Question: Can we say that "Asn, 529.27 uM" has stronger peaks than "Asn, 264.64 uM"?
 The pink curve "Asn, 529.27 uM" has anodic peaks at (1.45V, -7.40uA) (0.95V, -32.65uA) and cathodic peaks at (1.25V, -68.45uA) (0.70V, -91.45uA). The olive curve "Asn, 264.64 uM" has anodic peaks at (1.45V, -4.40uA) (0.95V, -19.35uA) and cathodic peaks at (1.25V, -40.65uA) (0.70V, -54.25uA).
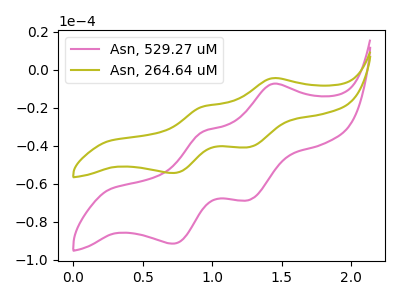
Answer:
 <answer>The peaks in "Asn, 529.27 uM" are neither all higher or all lower than the peaks in "Asn, 264.64 uM".</answer>
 <eval>mixed</eval>